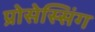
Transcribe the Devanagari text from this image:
प्रोसेस्सिंग